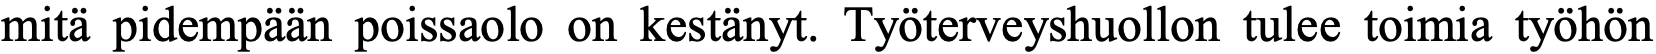
mitä pidempään poissaolo on kestänyt. Työterveyshuollon tulee toimia työhön